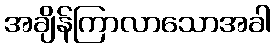
အချိန်ကြာလာသောအခါ